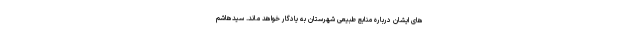
های ایشان درباره منابع طبیعی شهرستان به‌ یادگار خواهد ماند. سیدهاشم